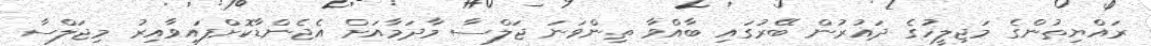
ރައްޔިތުންގެ މަޖިލީހުގެ ދައުރުން ބޭރުގައި ބާއްވާ ތިންވަނަ ޖަލްސާ މާދަމާއަށް އެޖެންޑާކޮށްފައިވާއިރު މިޖަލްސާ